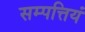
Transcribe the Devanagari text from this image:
सम्पत्तियं